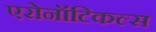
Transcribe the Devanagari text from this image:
एरोनॉटिकल्स